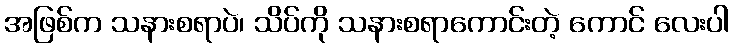
အဖြစ်က သနားစရာပဲ၊ သိပ်ကို သနားစရာကောင်းတဲ့ ကောင် လေးပါ